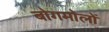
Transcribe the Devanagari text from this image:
बोगमोलों